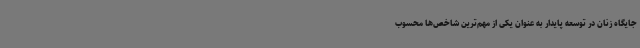
جایگاه زنان در توسعه پایدار به عنوان یکی از مهم‌ترین شاخص‌ها محسوب